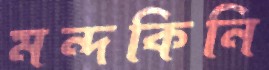
মন্দকিনি